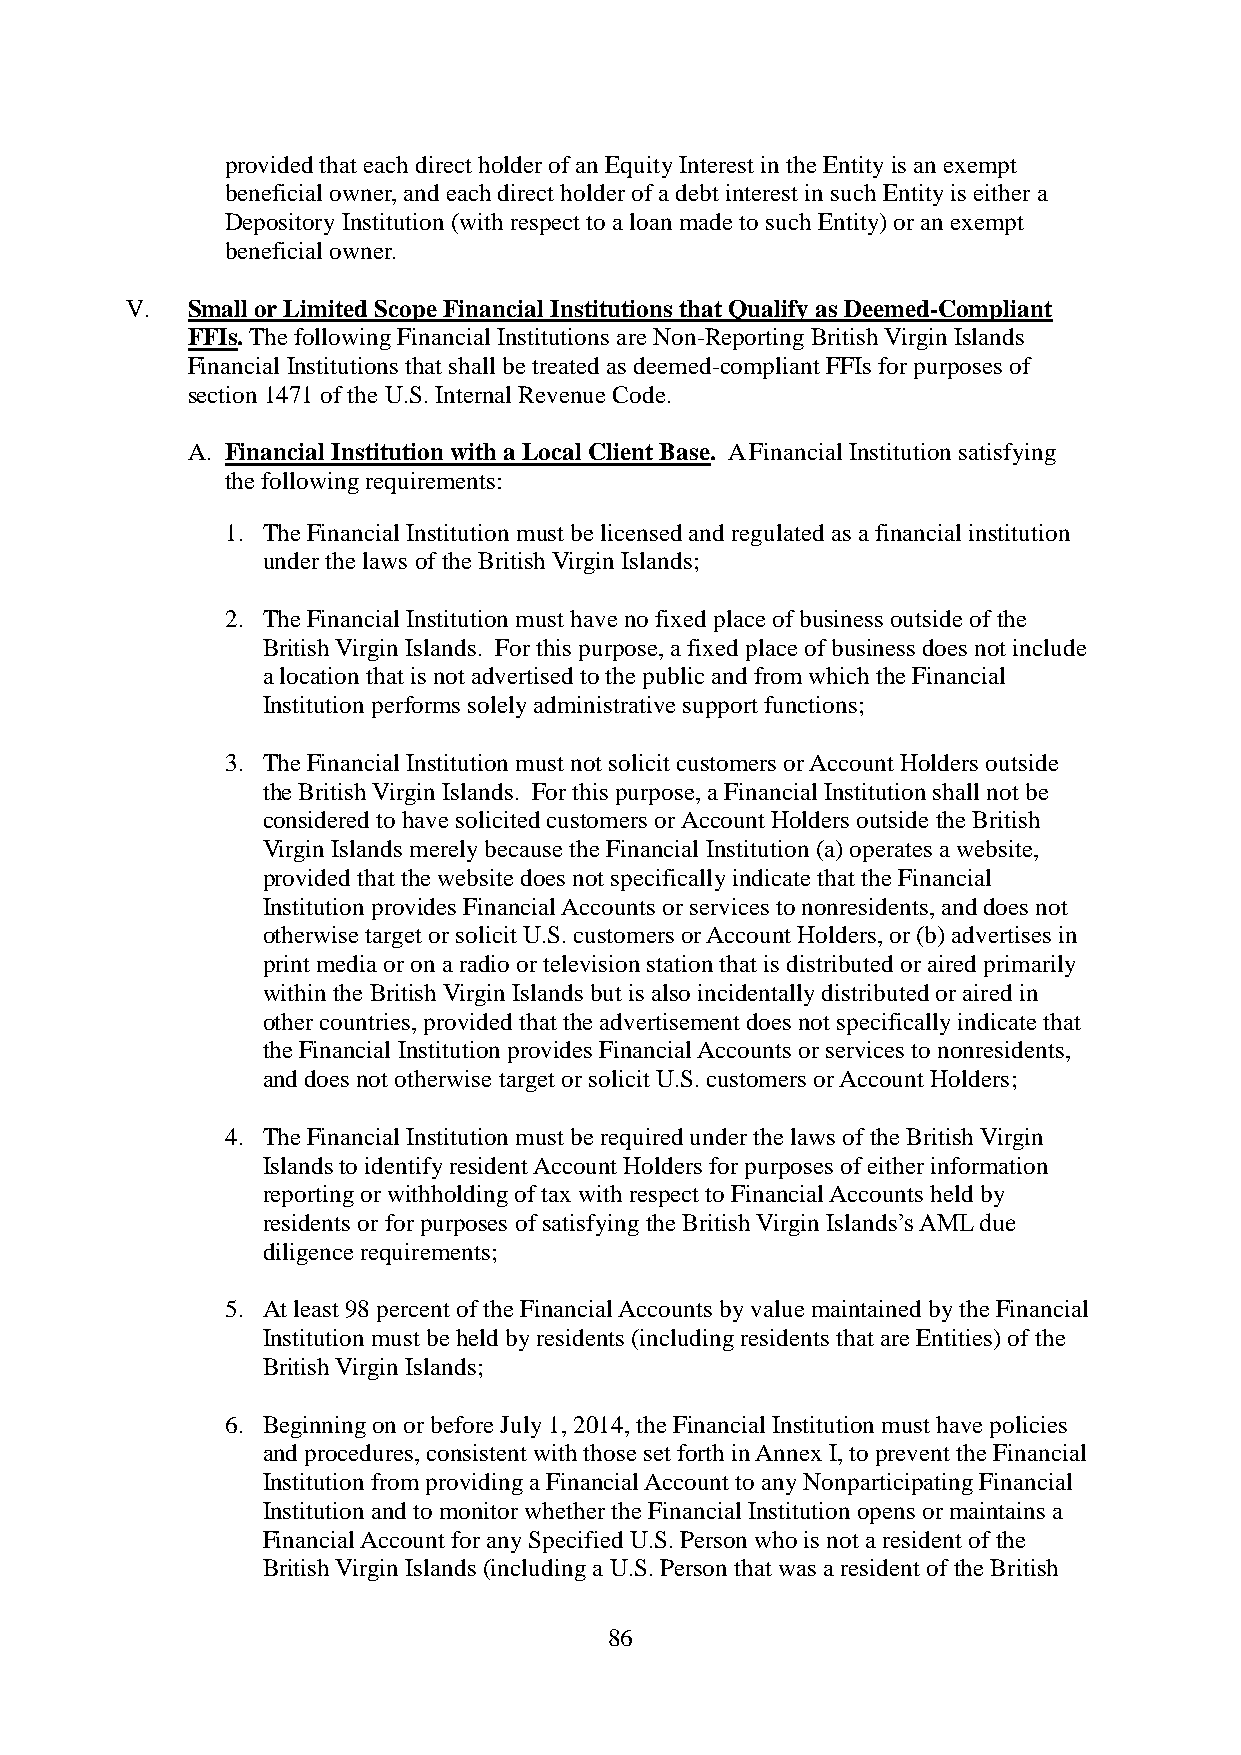
provided that each direct holder of an Equity Interest in the Entity is an exempt
 beneficial owner, and each direct holder of a debt interest in such Entity is either a
 Depository Institution (with respect to a loan made to such Entity) or an exempt
 beneficial owner.
 V.  Small or Limited Scope Financial Institutions that Qualify as Deemed-Compliant
 FFIs. The following Financial Institutions are Non-Reporting British Virgin Islands
 Financial Institutions that shall be treated as deemed-compliant FFIs for purposes of
 section 1471 of the U.S. Internal Revenue Code.
 A. Financial Institution with a Local Client Base. A Financial Institution satisfying
 the following requirements:
 1. The Financial Institution must be licensed and regulated as a financial institution
 under the laws of the British Virgin Islands;
 2. The Financial Institution must have no fixed place of business outside of the
 British Virgin Islands. For this purpose, a fixed place of business does not include
 a location that is not advertised to the public and from which the Financial
 Institution performs solely administrative support functions;
 3. The Financial Institution must not solicit customers or Account Holders outside
 the British Virgin Islands. For this purpose, a Financial Institution shall not be
 considered to have solicited customers or Account Holders outside the British
 Virgin Islands merely because the Financial Institution (a) operates a website,
 provided that the website does not specifically indicate that the Financial
 Institution provides Financial Accounts or services to nonresidents, and does not
 otherwise target or solicit U.S. customers or Account Holders, or (b) advertises in
 print media or on a radio or television station that is distributed or aired primarily
 within the British Virgin Islands but is also incidentally distributed or aired in
 other countries, provided that the advertisement does not specifically indicate that
 the Financial Institution provides Financial Accounts or services to nonresidents,
 and does not otherwise target or solicit U.S. customers or Account Holders;
 4. The Financial Institution must be required under the laws of the British Virgin
 Islands to identify resident Account Holders for purposes of either information
 reporting or withholding of tax with respect to Financial Accounts held by
 residents or for purposes of satisfying the British Virgin Islands’s AML due
 diligence requirements;
 5. At least 98 percent of the Financial Accounts by value maintained by the Financial
 Institution must be held by residents (including residents that are Entities) of the
 British Virgin Islands;
 6. Beginning on or before July 1, 2014, the Financial Institution must have policies
 and procedures, consistent with those set forth in Annex I, to prevent the Financial
 Institution from providing a Financial Account to any Nonparticipating Financial
 Institution and to monitor whether the Financial Institution opens or maintains a
 Financial Account for any Specified U.S. Person who is not a resident of the
 British Virgin Islands (including a U.S. Person that was a resident of the British
 86